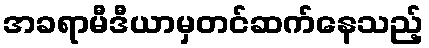
အခရာမီဒီယာမှတင်ဆက်နေသည့်